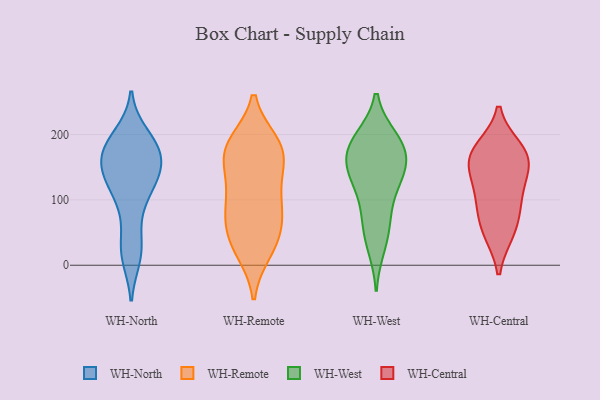
{"axis": {"x": "Temperature (°C)", "y": "Value"}, "legend": ["WH-Central", "WH-North", "WH-Remote", "WH-West"], "data": [{"x": "", "y": 17, "type": "WH-North"}, {"x": "", "y": 185, "type": "WH-North"}, {"x": "", "y": 185, "type": "WH-North"}, {"x": "", "y": 160, "type": "WH-North"}, {"x": "", "y": 136, "type": "WH-North"}, {"x": "", "y": 126, "type": "WH-North"}, {"x": "", "y": 13, "type": "WH-North"}, {"x": "", "y": 31, "type": "WH-North"}, {"x": "", "y": 107, "type": "WH-North"}, {"x": "", "y": 153, "type": "WH-North"}, {"x": "", "y": 165, "type": "WH-North"}, {"x": "", "y": 187, "type": "WH-North"}, {"x": "", "y": 74, "type": "WH-North"}, {"x": "", "y": 170, "type": "WH-North"}, {"x": "", "y": 139, "type": "WH-North"}, {"x": "", "y": 199, "type": "WH-North"}, {"x": "", "y": 120, "type": "WH-North"}, {"x": "", "y": 161, "type": "WH-Remote"}, {"x": "", "y": 185, "type": "WH-Remote"}, {"x": "", "y": 36, "type": "WH-Remote"}, {"x": "", "y": 187, "type": "WH-Remote"}, {"x": "", "y": 150, "type": "WH-Remote"}, {"x": "", "y": 20, "type": "WH-Remote"}, {"x": "", "y": 166, "type": "WH-Remote"}, {"x": "", "y": 100, "type": "WH-Remote"}, {"x": "", "y": 188, "type": "WH-Remote"}, {"x": "", "y": 74, "type": "WH-Remote"}, {"x": "", "y": 187, "type": "WH-Remote"}, {"x": "", "y": 79, "type": "WH-Remote"}, {"x": "", "y": 20, "type": "WH-Remote"}, {"x": "", "y": 113, "type": "WH-Remote"}, {"x": "", "y": 50, "type": "WH-Remote"}, {"x": "", "y": 142, "type": "WH-Remote"}, {"x": "", "y": 95, "type": "WH-Remote"}, {"x": "", "y": 57, "type": "WH-Remote"}, {"x": "", "y": 87, "type": "WH-West"}, {"x": "", "y": 194, "type": "WH-West"}, {"x": "", "y": 138, "type": "WH-West"}, {"x": "", "y": 47, "type": "WH-West"}, {"x": "", "y": 128, "type": "WH-West"}, {"x": "", "y": 172, "type": "WH-West"}, {"x": "", "y": 179, "type": "WH-West"}, {"x": "", "y": 187, "type": "WH-West"}, {"x": "", "y": 133, "type": "WH-West"}, {"x": "", "y": 156, "type": "WH-West"}, {"x": "", "y": 194, "type": "WH-West"}, {"x": "", "y": 149, "type": "WH-West"}, {"x": "", "y": 74, "type": "WH-West"}, {"x": "", "y": 29, "type": "WH-West"}, {"x": "", "y": 155, "type": "WH-Central"}, {"x": "", "y": 169, "type": "WH-Central"}, {"x": "", "y": 178, "type": "WH-Central"}, {"x": "", "y": 148, "type": "WH-Central"}, {"x": "", "y": 52, "type": "WH-Central"}, {"x": "", "y": 96, "type": "WH-Central"}, {"x": "", "y": 122, "type": "WH-Central"}, {"x": "", "y": 91, "type": "WH-Central"}, {"x": "", "y": 172, "type": "WH-Central"}, {"x": "", "y": 51, "type": "WH-Central"}]}